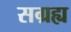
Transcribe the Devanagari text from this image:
सग्रह्य